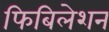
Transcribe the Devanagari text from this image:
फिबिलेशन